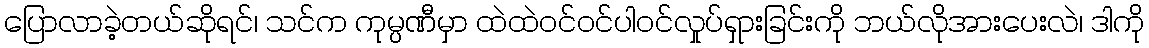
ပြောလာခဲ့တယ်ဆိုရင်၊ သင်က ကုမ္ပဏီမှာ ထဲထဲဝင်ဝင်ပါဝင်လှုပ်ရှားခြင်းကို ဘယ်လိုအားပေးလဲ၊ ဒါကို